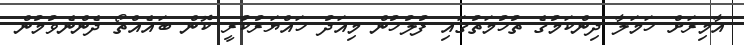
އާމިރަށް ހަމަލާ ދިންކަމުގެ ތުހުމަތުގައި ފުލުހުން މިއަދު ހައްޔަރުކުރީ ކޮން ބައެއްތޯ ދެންނެވުމުން